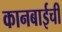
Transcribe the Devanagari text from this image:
कानबाईची